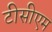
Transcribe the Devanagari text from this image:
टीसीएम